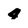
Character: 4